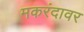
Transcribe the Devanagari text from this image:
मकरंदावर